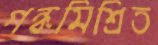
গন্ধমিশ্রিত